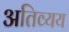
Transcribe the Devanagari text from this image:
अतिव्यय